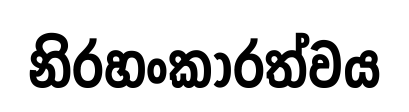
නිරහංකාරත්වය